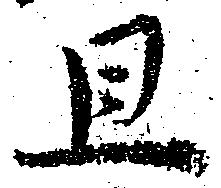
且